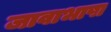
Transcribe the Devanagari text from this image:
जावाभाषा